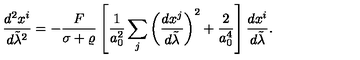
{ \frac { d ^ { 2 } x ^ { i } } { d \tilde { \lambda } ^ { 2 } } } = - { \frac { F } { \sigma + \varrho } } \left[ { \frac { 1 } { a _ { 0 } ^ { 2 } } } \sum _ { j } \left( { \frac { d x ^ { j } } { d \tilde { \lambda } } } \right) ^ { 2 } + { \frac { 2 } { a _ { 0 } ^ { 4 } } } \right] { \frac { d x ^ { i } } { d \tilde { \lambda } } } .